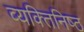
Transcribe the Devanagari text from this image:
व्यक्‍तिनिष्‍ठ